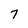
Character: 7